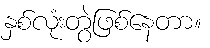
နှစ်လုံးတွဲဖြစ်နေတာ။